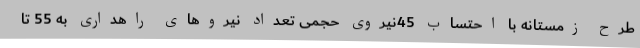
طرح زمستانه با احتساب 45نیروی حجمی تعداد نیروهای راهداری به 55 تا